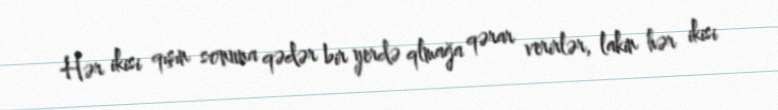
Hər ikisi qışın sonuna qədər bir yerdə qlmağa qərar verirlər, lakin hər ikisi